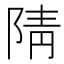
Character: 𮸨